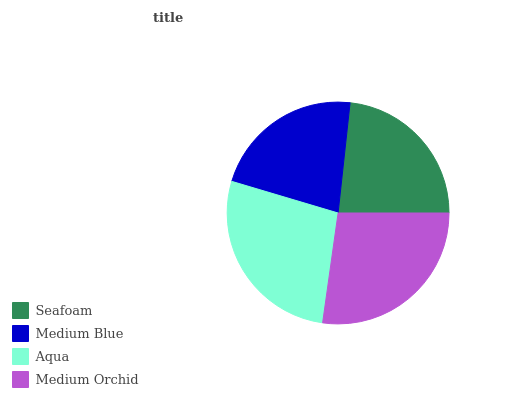
| Seafoam | Medium Blue | Aqua | Medium Orchid |
 | --- | --- | --- | --- |
 | 23.2% | 22.1% | 27.4% | 27.2% |